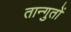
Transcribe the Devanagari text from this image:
तान्गुतों